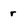
Character: r